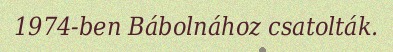
1974-ben Bábolnához csatolták.